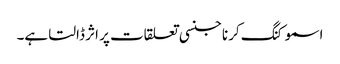
اسموکنگ کرنا جنسی تعلقات پر اثر ڈالتا ہے۔